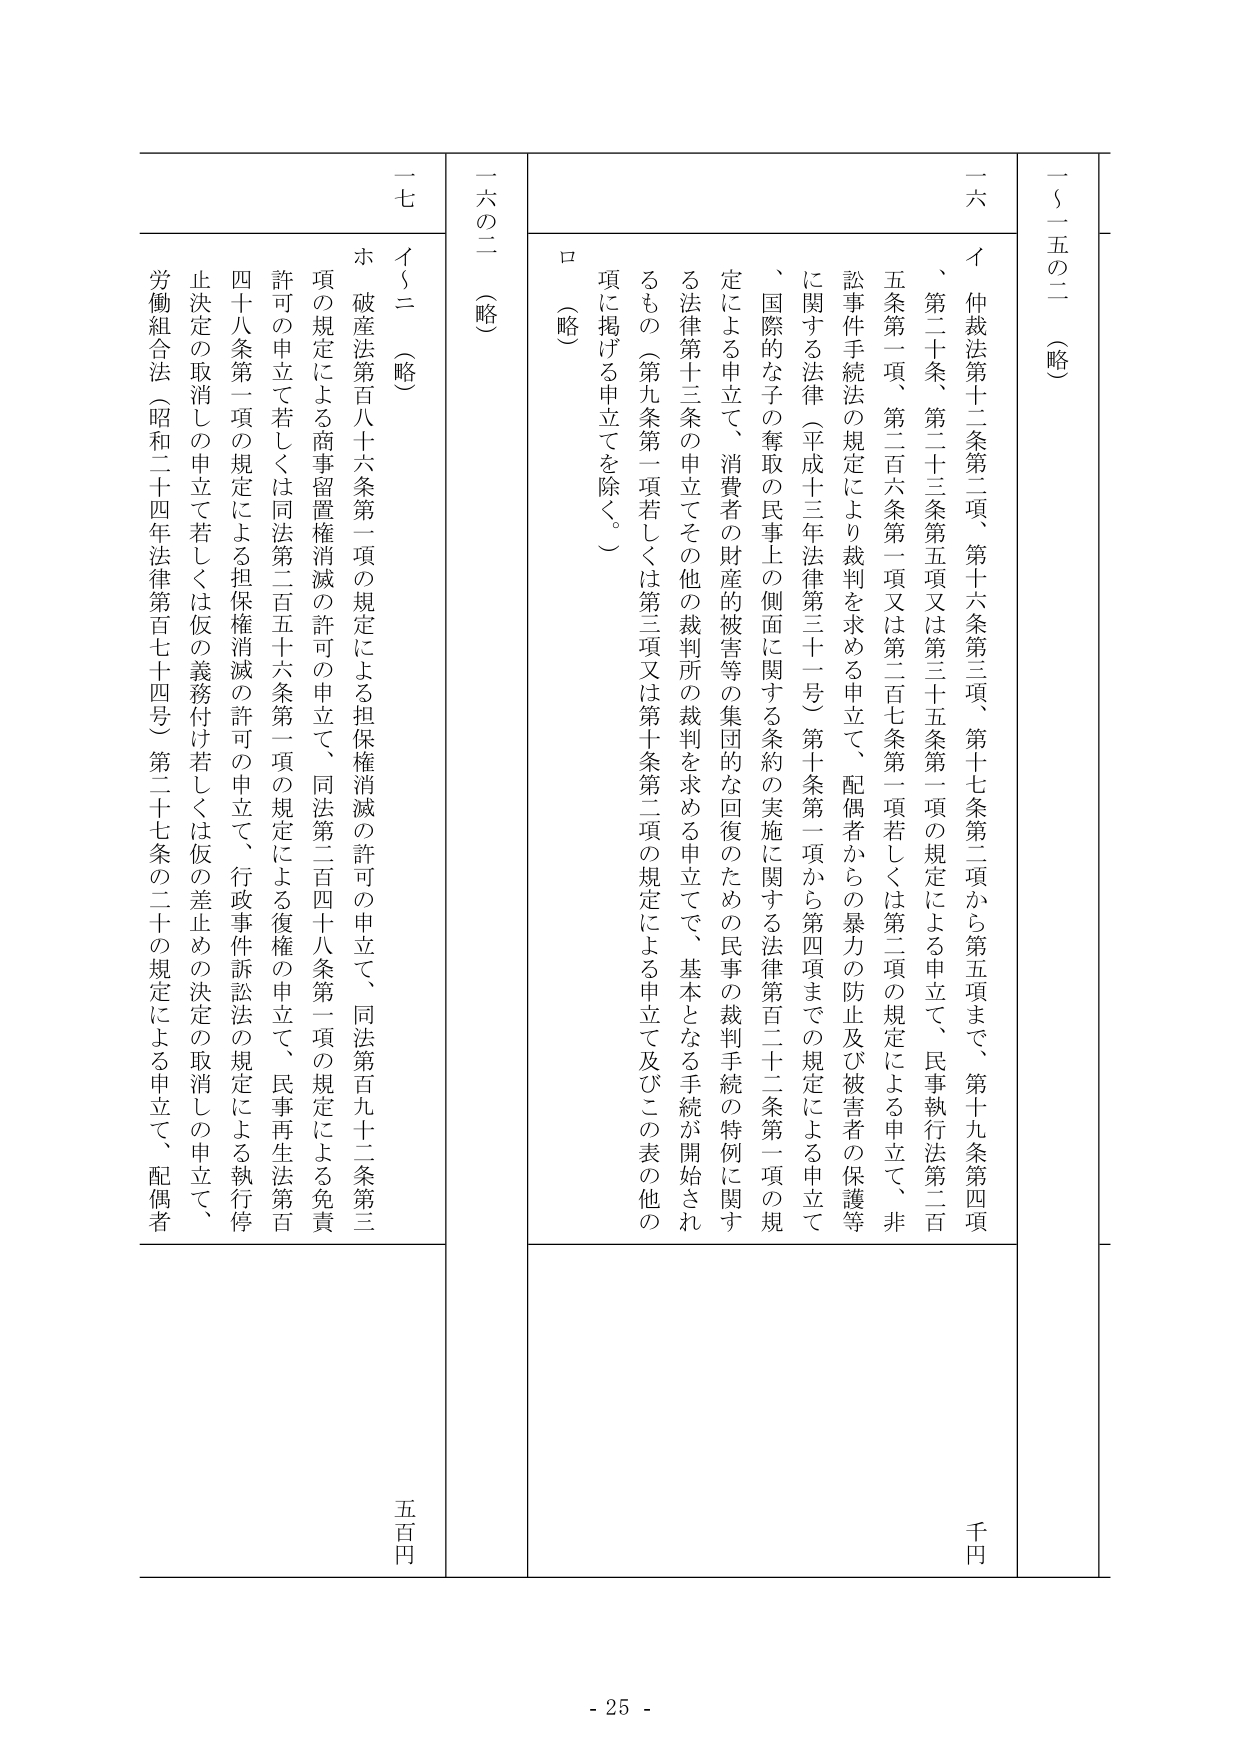
一〇五の二（略）

一六、イ 仲裁法第十二条第二項、第十六条第三項、第十七条第二項から第五項まで、第十九条第四項、第二十条、第二十三条第五項又は第三十五条第一項の規定による申立て、民事執行法第二百五条第一項、第二百六条第一項又は第二百七条第一項若しくは第二項の規定による申立て、非訟事件手続法の規定により裁判を求める申立て、配偶者からの暴力の防止及び被害者の保護等に関する法律（平成十三年法律第三十一号）第十条第一項から第四項までの規定による申立て、国際的な子の奪取の民事上の側面に関する条約の実施に関する法律第百二十二条第一項の規定による申立て、消費者の財産的被害等の集団的な回復のための民事の裁判手続の特例に関する法律第十三条の申立てその他の裁判所の裁判を求める申立てで、基本となる手続が開始されるもの（第九条第一項若しくは第三項又は第十条第二項の規定による申立て及びこの表の他の項に掲げる申立てを除く。）

ロ（略）

一六の二（略）

一七 イ～ニ（略）

ホ 破産法第百八十六条第一項の規定による担保権消滅の許可の申立て、同法第百九十二条第三項の規定による商事留置権消滅の許可の申立て、同法第二百四十八条第一項の規定による免責許可の申立て若しくは同法第二百五十六条第一項の規定による復権の申立て、民事再生法第百四十八条第一項の規定による担保権消滅の許可の申立て、行政事件訴訟法の規定による執行停止決定の取消しの申立て若しくは仮の義務付け若しくは仮の差止めの決定の取消しの申立て、労働組合法（昭和二十四年法律第百七十四号）第二十七条の二十の規定による申立て、配偶者

千円

五百円

- 25 -